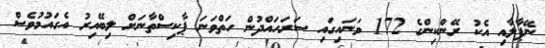
ނޭޕާލާއި އެކު ރޭންކިންގެ 172 ވަނައިގައި ސަރަހައްދުން ހަތްވަނަ ޕާކިސްތާނަށް ލިބޭއިރު އެގައުމުވެސް